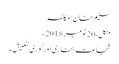
سلیم خان | مکالمہ
منگل، 20 نومبر 2018ء
شجاعت بخاری اور گوری لنکیش ۔